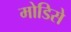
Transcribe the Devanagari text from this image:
मोडिसे